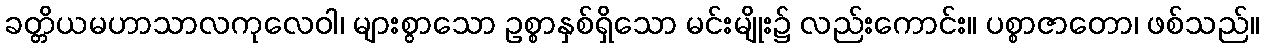
ခတ္တိယမဟာသာလကုလေဝါ၊ များစွာသော ဥစ္စာနှစ်ရှိသော မင်းမျိုး၌ လည်းကောင်း။ ပစ္စာဇာတော၊ ဖစ်သည်။